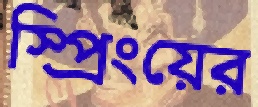
স্প্রিংয়ের